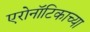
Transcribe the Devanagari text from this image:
एरोनॉटिकाच्या